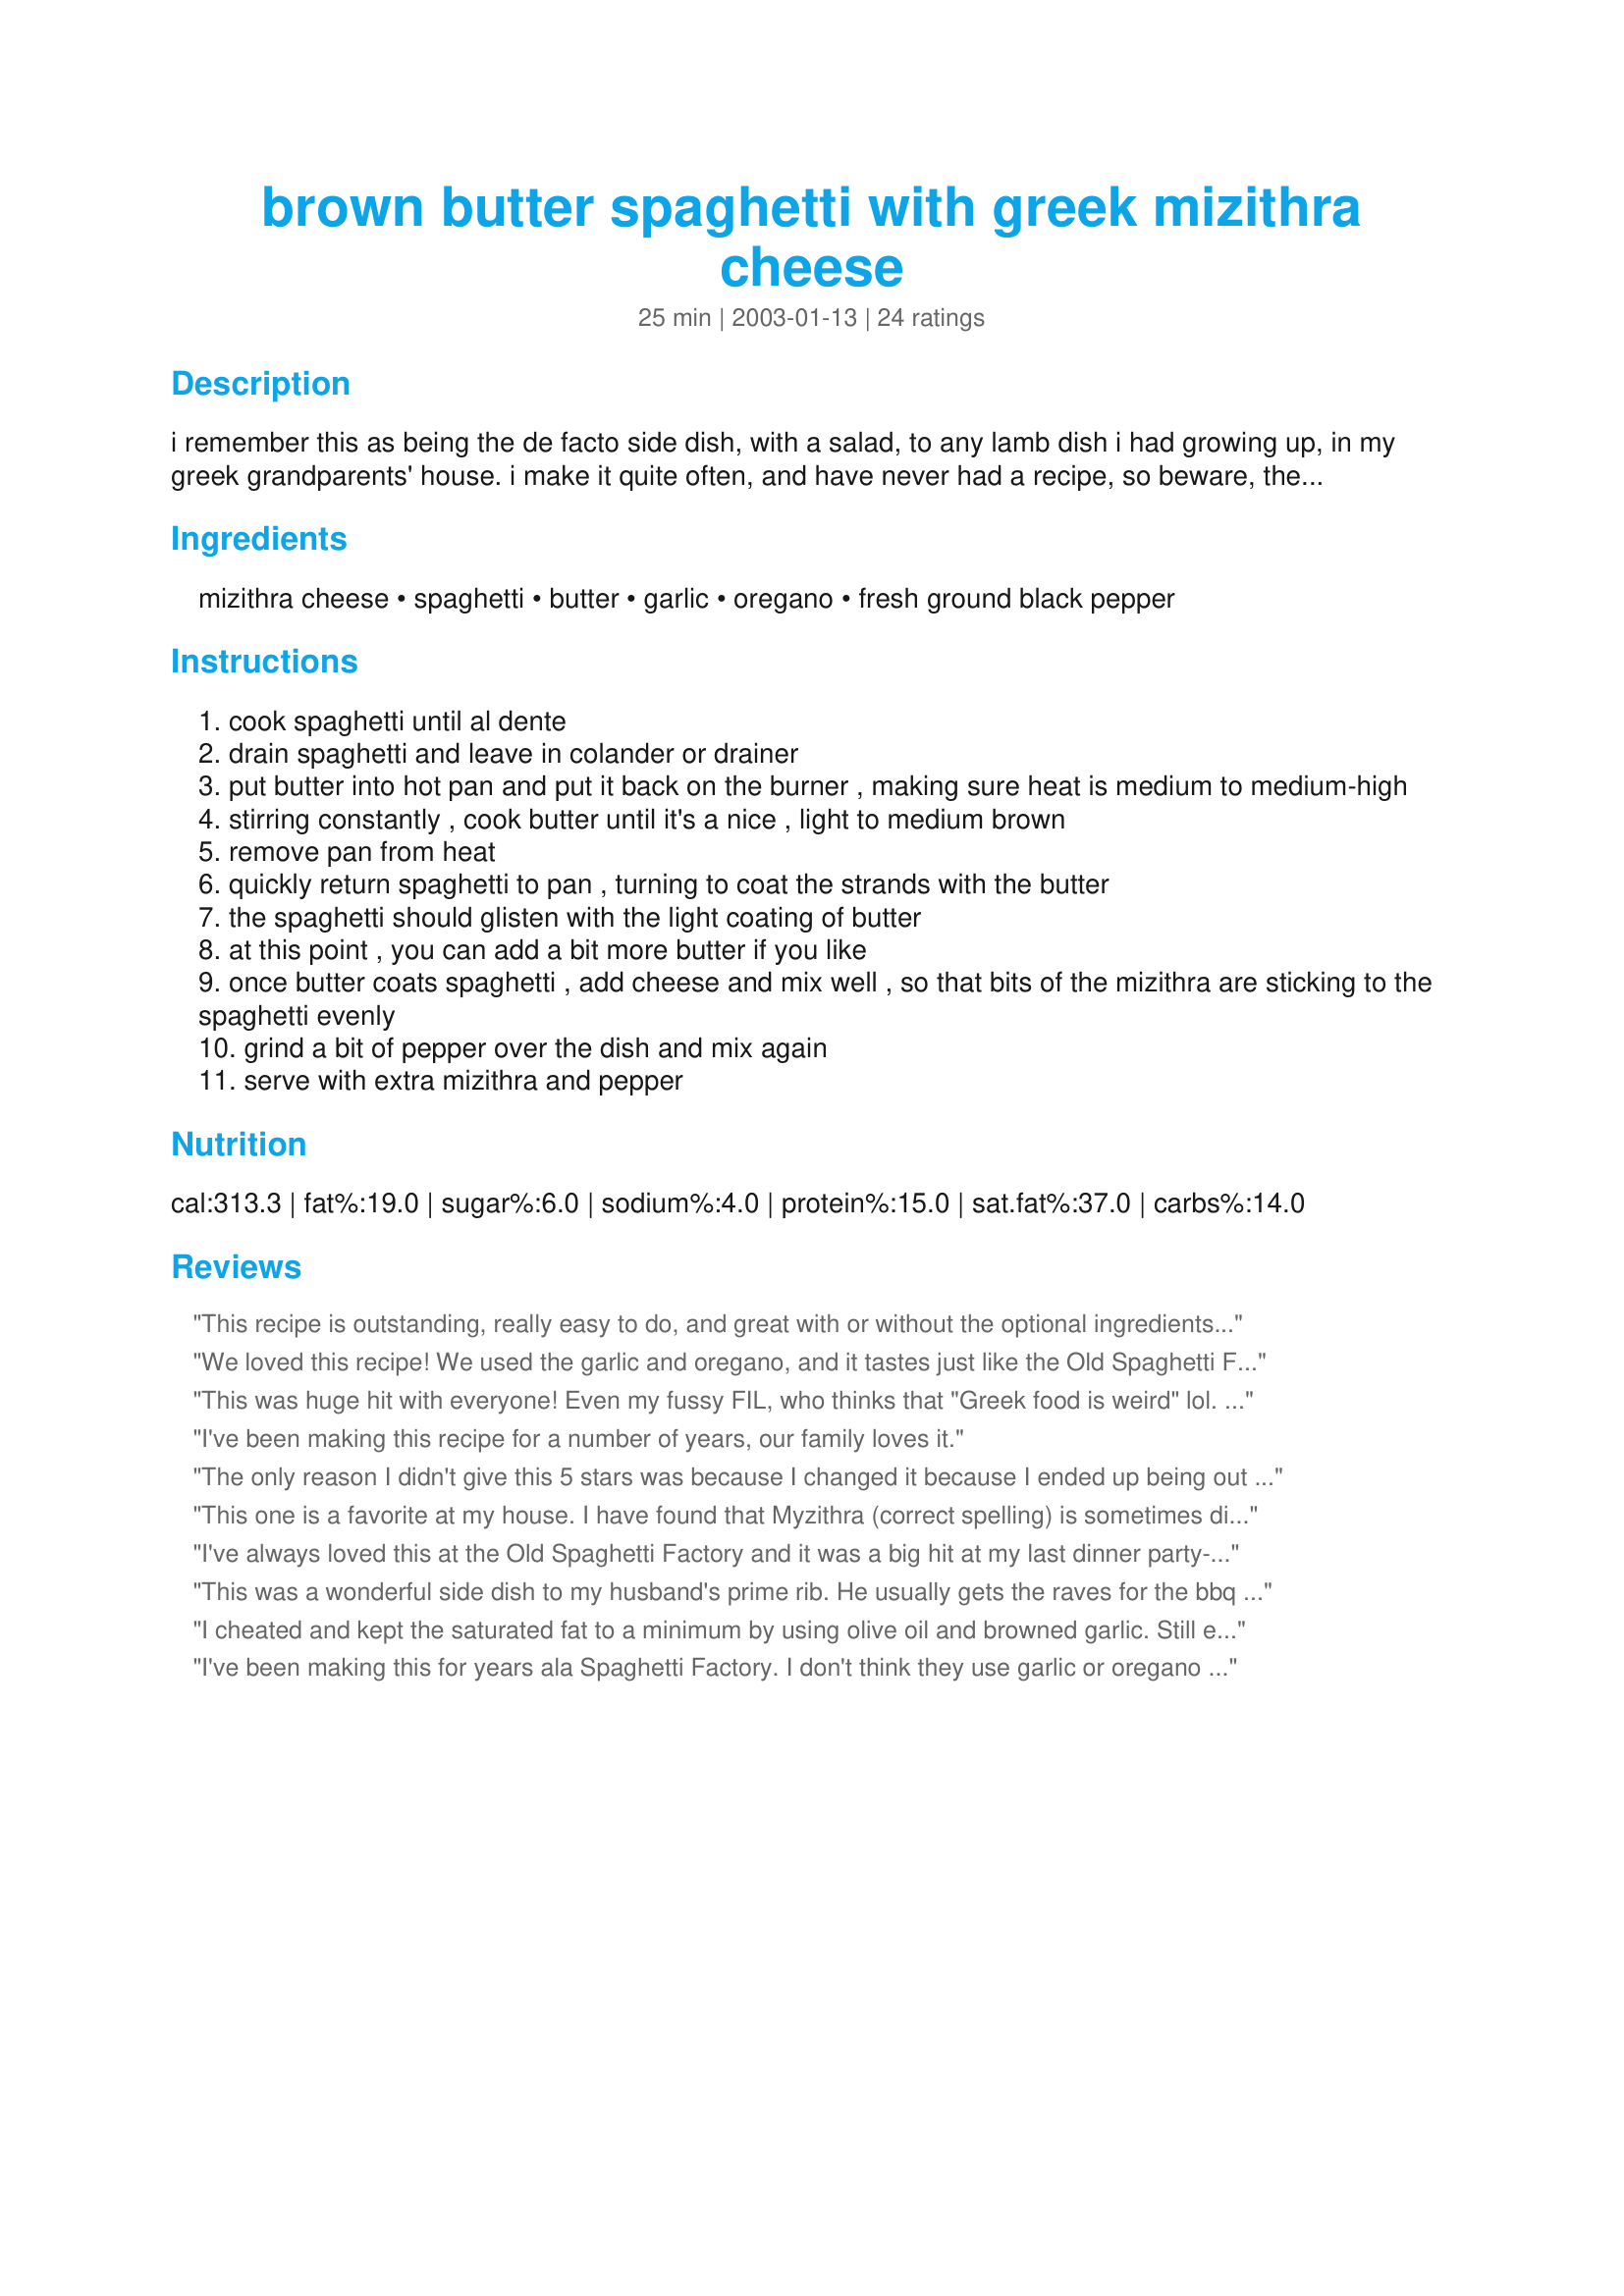
brown butter spaghetti with greek mizithra cheese
Preparation time: 25 minutes

i remember this as being the de facto side dish, with a salad, to any lamb dish i had growing up, in my greek grandparents' house. i make it quite often, and have never had a recipe, so beware, the measurements may be a bit off. i sometimes don't add the garlic and oregano, but they do add a nice zing to the dish.

Ingredients:
mizithra cheese, spaghetti, butter, garlic, oregano, fresh ground black pepper

Steps:
cook spaghetti until al dente
drain spaghetti and leave in colander or drainer
put butter into hot pan and put it back on the burner , making sure heat is medium to medium-high
stirring constantly , cook butter until it's a nice , light to medium brown
remove pan from heat
quickly return spaghetti to pan , turning to coat the strands with the butter
the spaghetti should glisten with the light coating of butter
at this point , you can add a bit more butter if you like
once butter coats spaghetti , add cheese and mix well , so that bits of the mizithra are sticking to the spaghetti evenly
grind a bit of pepper over the dish and mix again
serve with extra mizithra and pepper

Reviews:
This recipe is outstanding, really easy to do, and great with or without the optional ingredients.

I hadn't thought of it as a side dish with lamb, I will definitely give that a try too!
We loved this recipe! We used the garlic and oregano, and it tastes just like the Old Spaghetti Factory version!
Thanks!
This was huge hit with everyone! Even my fussy FIL, who thinks that "Greek food is weird" lol. I followed the directions exactly, and used the optional oregano and garlic. I substituted whole wheat pasta pasta for regular. Next time (and there will definitely be a next time) I am going to try to reduce the butter and substitute olive oil, just because it's healthier.
I've been making this recipe for a number of years, our family loves it.
The only reason I didn't give this 5 stars was because I changed it because I ended up being out of oregano after I started it. I added SAGE! You must try this, it was one of the most delicious things I've ever tasted. As for saturated fats, do some more research, they're not as bad for you as everyone seems to think right now.
This one is a favorite at my house. I have found that Myzithra (correct spelling) is sometimes difficult to find unless you have a good cheese and wine store available to you. I have found it at Safeways. The best source I have found is at Igourmet.com. 

http://www.igourmet.com/shoppe.asp?cat=1&subcat=ALL+Grating

I don't consider the garlic an option for this recipe. Without it, you just totally miss the whole taste treat. BethT, thanks for sharing this one.
I've always loved this at the Old Spaghetti Factory and it was a big hit at my last dinner party- I served with feta topped broiled tomatoes and lamb chops- yum!
This was a wonderful side dish to my husband's prime rib. He usually gets the raves for the bbq but had to share them with me tonight, as the pasta was a hit at our dinner party (which we had not planned so I looked for a recipe I could make with the things is my nearly empty pantry). Even better - I made the pasta slightly ahead of time and left it in the strainer, then made the "sauce" when the meat came off the grill - no timing worries and low stress. I followed the recipe except substituted the cheese I had on hand (Asiago), and it was wonderful. I don't cook too often (hence the nearly empty pantry) and tend to get a little stressed when trying to concentrate on cooking and entertain guests at the same time. This was so easy, I was stress-free. Thank you for a great recipe.
I cheated and kept the saturated fat to a minimum by using olive oil and browned garlic. Still excellent and expecially wonderful with fresh oregano.
I've been making this for years ala Spaghetti Factory. I don't think they use garlic or oregano and I never have but maybe I'll try it this way sometime.
Good stuff! I served this with MG's Italian Chicken and I didn't want a real garlicky taste, so I only added 1/2 teaspoon of garlic. I also added some parsley for a little color. We really enjoyed this...good flavor, but it didn't overpower the chicken. Of course, I couldn't find the proper cheese, so I used aged Romano and sprinkled some Asiago on at the table. Thanks for this one, it's a keeper!
YUM!!! This is like Spaghetti Factory's dish that I've been missing. I didn't have spaghetti noodles so I used 12 oz penne and doubled the amount of garlic because I love it. I think I ended up using 5 Tbs of butter when it was done. The oregano, garlic, and cheese taste so good together. Thank you for this recipe, it hit the spot tonight!
Now this is the recipe I was looking for! My family visits the Greek Orthodox Church's annual food festival every year and my daughter fell in love with this dish. This recipe is exactly what they serve at the festival and it really made my daughter's day. Thanks so much for an authentic Greek recipe.
When I asked my Greek greengrocer lady what she did with mizithra cheese she described this dish. And told me it was her favourite comfort food. And that is exactly what it is.
My toddler loved it and it also filled the holes in our stomachs for the rest of us.
Greek comfort food :-)
This recipe was a winner with my family. My kids gobbled it up! I will definetally make again. It was easy and good.
Where do I begin? First, do not use garlic or oregano. I love garlic & used only 1 clove & it distorted the flavor. Use more butter than the recipe calls for because it was too dry. 

Also, be sure you get good mizithra. I think the cheese I got was not very good cuz it was powdery instead of curly shreds.

This was close but needs a little tweaking.
This was excellent. Fast and easy to make. Tasted just like the one served at the Old Spaghetti Factory, however, I did not use the garlic,oregano or pepper. I definitly will make this again.
i just had this dish right now from OSF, they use parsley not oregano. also bacon bits, mushroom, and powdered garlic instead of fresh garlic. not to say fresh garlic would have been less tasty, i actually prefer fresh.
Great recipe! I used feta cheese instead and it was amazing! I kept the feta in small chunks so it wasn't quite so mixed up in the noodles. Instead of just stirring the ingredients together, I did a layer of noodles, a layer of feta and repeated several times to get a more even coating. I then added the browned butter. Perfect Greek recipe!
I have been making this for almost 14 years! I worked at the spaghetti Factory in Indianapolis when I was around 25 (38 now) and I learned how to make this dish there. I believe it is called Homer's something or other? Anyway, this is so very simple, but you do have to be careful with the butter for 2 reasons. 1. Don't over or under cook the butter. If you under cook it, you won't get the beautiful nuttiness flavor from the butter. If you overcook it, it is just ruined. It will just taste burnt, and def not worth wasting on myzithra. 2. Make sure your pan is deep, not shallow for this reason: placing a cold, or even room temp spoon into the hot butter WILL cause it to foam 10 times the amount of butter you originally had in the pan and WILL foam over the pan so this can be very dangerous (you can burn yourself, or IDK for sure but if you have gas, it may cause a fire - not positive about that, but better safe than sorry). I try to keep a spoon in it from the beginning.<br/>I, also layer this as opposed to mixing it all together. Some people like more/less butter and or cheese. One of my family's favorites! Gonna try the sage idea.
Excellent recipe - not a whole lot of ingredients, easy to do, and such a rich and delicious result. I usually make it with just the garlic and skip the oregano. I use thin spaghetti and it&#039;s a big hit at home.
Delicious. Did not use Mizithra cheese--couldn&#039;t find locally, but subbed in freshly grated parmesan/Romano. The oregano took it over the top.
I absolutely adore this dish! Literally, I could eat it every day! Of course I'd weigh a metric ton, but I digress...
This is the ONLY dish I order at the Spaghetti Factory and I share with NO ONE! Thanks for posting this, I've been looking for the recipe so that I can make this at home :)
Not only easy...but fabulous flavor. I was shocked at how much DH enjoyed it. thought it might be too dry for him. I made it again with spaghetti squash, good but not quite as good as this!
